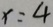
x = 4